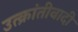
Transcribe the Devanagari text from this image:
उत्क्रांतीवादी